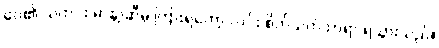
ဝေ၏ သတင်း မာနာ့ဆီမှ ကြားရတော့ လင်း စိတ်သက်သာရာ ရသွားသည်။